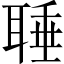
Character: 𦖋